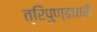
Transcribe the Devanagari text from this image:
त्रिपुण्डधारी